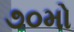
૭૦મો